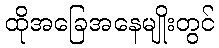
ထိုအခြေအနေမျိုးတွင်